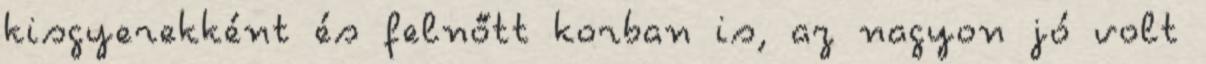
kisgyerekként és felnőtt korban is, az nagyon jó volt